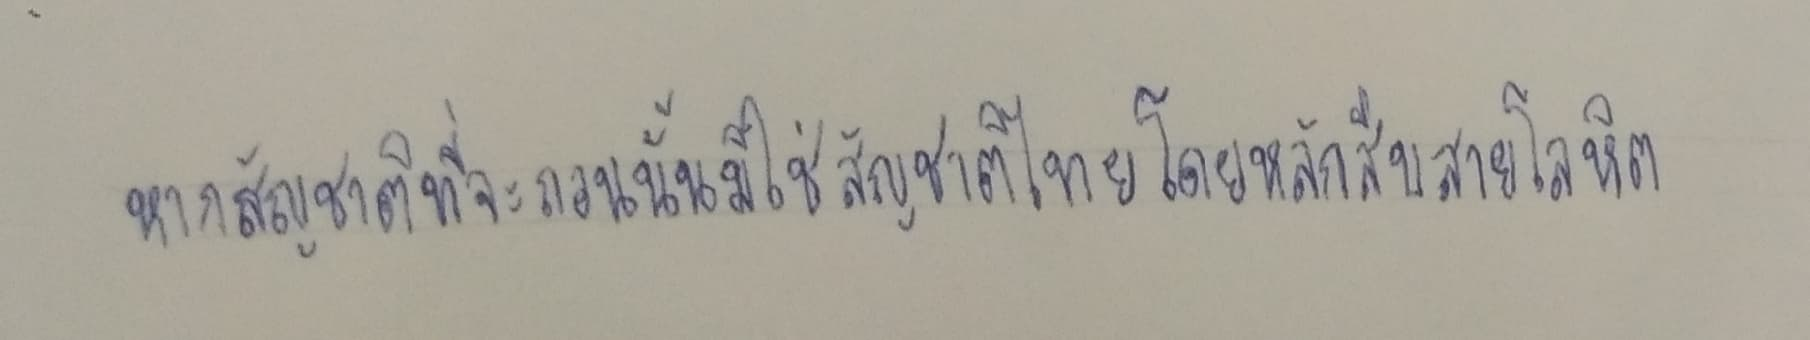
หากสัญชาติที่จะถอนนั้นมิใช่สัญชาติไทยโดยหลักสืบสายโลหิต